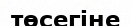
төсегіне